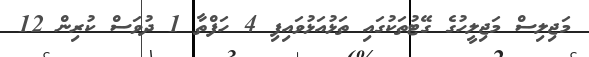
މަޖިލިސް މަޖިލީހުގެ ގޭޓުތަކުގައި ތަޅުއަޅުވައިފި 4 ހަފްތާ 1 ދުވަސް ކުރިން 12